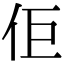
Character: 佢